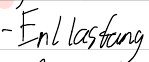
- Entlastung